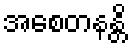
အစေတနန္တိ